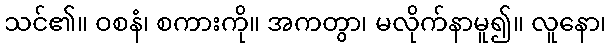
သင်၏။ ဝစနံ၊ စကားကို။ အကတွာ၊ မလိုက်နာမူ၍။ လူနော၊